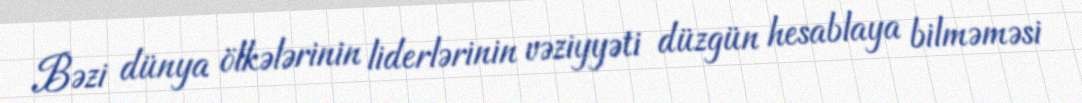
Bəzi dünya ölkələrinin liderlərinin vəziyyəti düzgün hesablaya bilməməsi